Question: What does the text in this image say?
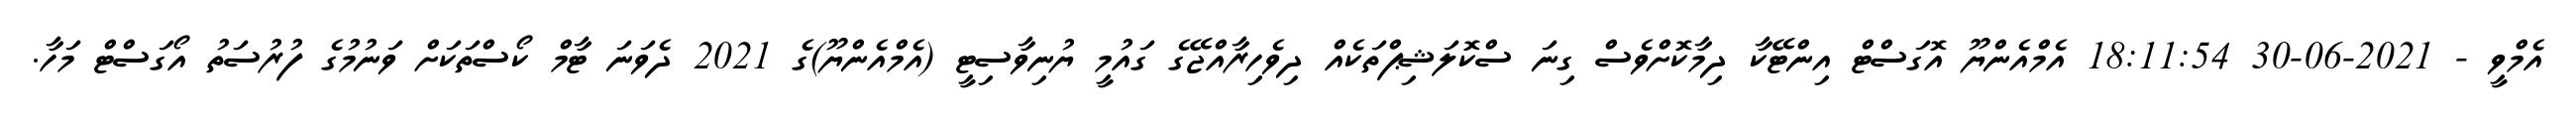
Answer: އެމްވީ - 2021-06-30 18:11:54 އެމްއެންޔޫ އޮގަސްޓް އިންޓޭކާ ދިމާކޮށްވެސް ގިނަ ސްކޮލަޝިޕްތަކެއް ދިވެހިރާއްޖޭގެ ގައުމީ ޔުނިވާސިޓީ (އެމްއެންޔޫ)ގެ 2021 ދެވަނަ ޓާމް ކޯސްތަކަށް ވަނުމުގެ ފުރުސަތު އޯގަސްޓް މަހާ.